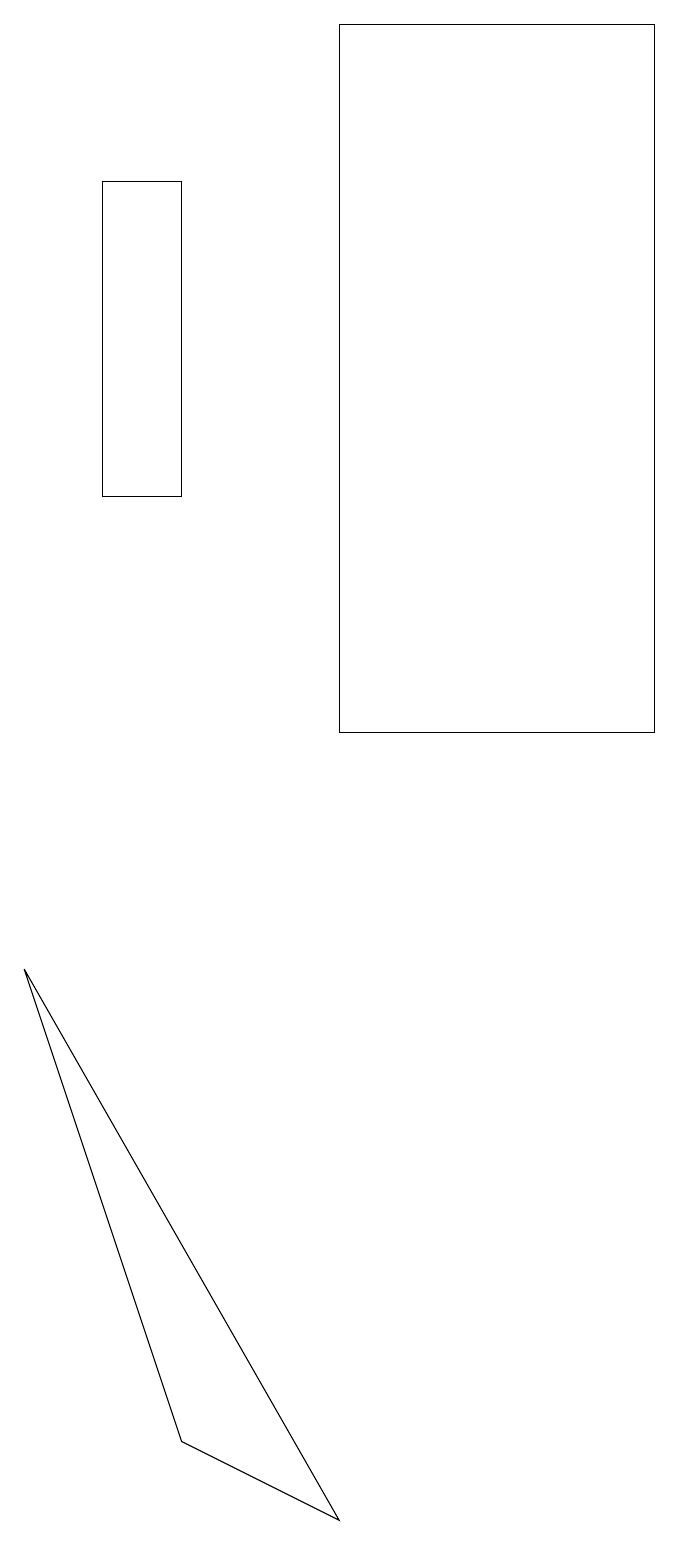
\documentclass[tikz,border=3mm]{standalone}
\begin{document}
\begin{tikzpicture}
\draw (9,10) rectangle (5,19);
\draw (3,1) -- (1,7) -- (5,0) -- cycle;
\draw (2,17) rectangle (3,13);
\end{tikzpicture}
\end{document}